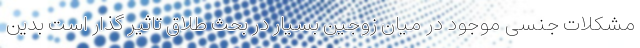
مشکلات جنسی موجود در میان زوجین بسیار در بحث طلاق تاثیر گذار است بدین